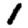
Digit: 1